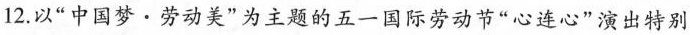
12.以”中国梦·劳动美”为主题的五一国际劳动节”心连心”演出特别